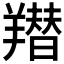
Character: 𦏋